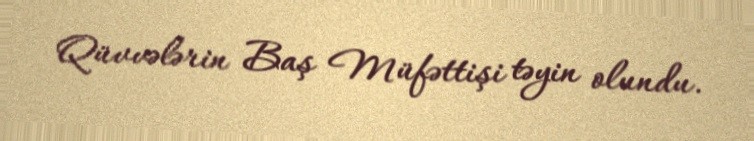
Qüvvələrin Baş Müfəttişi təyin olundu.